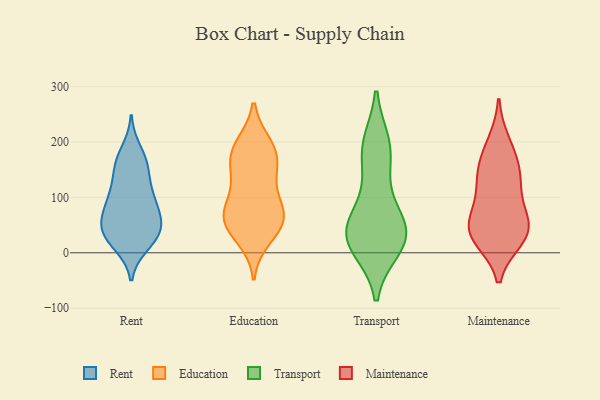
{"axis": {"x": "Budget (USD K)", "y": "Value"}, "legend": ["Education", "Maintenance", "Rent", "Transport"], "data": [{"x": "", "y": 161, "type": "Rent"}, {"x": "", "y": 72, "type": "Rent"}, {"x": "", "y": 129, "type": "Rent"}, {"x": "", "y": 90, "type": "Rent"}, {"x": "", "y": 119, "type": "Rent"}, {"x": "", "y": 45, "type": "Rent"}, {"x": "", "y": 26, "type": "Rent"}, {"x": "", "y": 42, "type": "Rent"}, {"x": "", "y": 78, "type": "Rent"}, {"x": "", "y": 88, "type": "Rent"}, {"x": "", "y": 160, "type": "Rent"}, {"x": "", "y": 48, "type": "Rent"}, {"x": "", "y": 99, "type": "Rent"}, {"x": "", "y": 185, "type": "Rent"}, {"x": "", "y": 41, "type": "Rent"}, {"x": "", "y": 14, "type": "Rent"}, {"x": "", "y": 17, "type": "Rent"}, {"x": "", "y": 42, "type": "Rent"}, {"x": "", "y": 161, "type": "Rent"}, {"x": "", "y": 62, "type": "Education"}, {"x": "", "y": 187, "type": "Education"}, {"x": "", "y": 76, "type": "Education"}, {"x": "", "y": 150, "type": "Education"}, {"x": "", "y": 163, "type": "Education"}, {"x": "", "y": 90, "type": "Education"}, {"x": "", "y": 27, "type": "Education"}, {"x": "", "y": 54, "type": "Education"}, {"x": "", "y": 58, "type": "Education"}, {"x": "", "y": 194, "type": "Education"}, {"x": "", "y": 182, "type": "Education"}, {"x": "", "y": 56, "type": "Education"}, {"x": "", "y": 124, "type": "Education"}, {"x": "", "y": 42, "type": "Transport"}, {"x": "", "y": 18, "type": "Transport"}, {"x": "", "y": 110, "type": "Transport"}, {"x": "", "y": 10, "type": "Transport"}, {"x": "", "y": 39, "type": "Transport"}, {"x": "", "y": 181, "type": "Transport"}, {"x": "", "y": 44, "type": "Transport"}, {"x": "", "y": 188, "type": "Transport"}, {"x": "", "y": 22, "type": "Transport"}, {"x": "", "y": 195, "type": "Transport"}, {"x": "", "y": 48, "type": "Transport"}, {"x": "", "y": 49, "type": "Maintenance"}, {"x": "", "y": 115, "type": "Maintenance"}, {"x": "", "y": 70, "type": "Maintenance"}, {"x": "", "y": 41, "type": "Maintenance"}, {"x": "", "y": 131, "type": "Maintenance"}, {"x": "", "y": 36, "type": "Maintenance"}, {"x": "", "y": 27, "type": "Maintenance"}, {"x": "", "y": 144, "type": "Maintenance"}, {"x": "", "y": 170, "type": "Maintenance"}, {"x": "", "y": 36, "type": "Maintenance"}, {"x": "", "y": 197, "type": "Maintenance"}]}